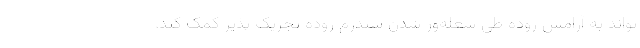
تواند به آرامش روده طی شعله‌ور شدن سندرم روده تجریک پذیر کمک کند.